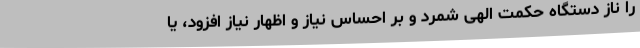
را ناز دستگاه حکمت الهی شمرد و بر احساس نیاز و اظهار نیاز افزود، یا